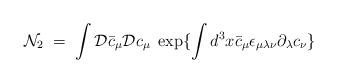
LaTeX: \begin{align*} {\mathcal N}_2 \;=\; \int {\mathcal D}{\bar c}_\mu {\mathcal D}c_\mu \; \exp\{\int d^3x {\bar c}_\mu \epsilon_{\mu\lambda\nu} \partial_\lambda c_\nu \}\end{align*}